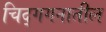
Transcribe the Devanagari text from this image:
चिद्‌गगनातील